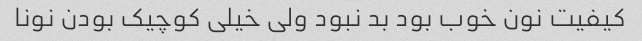
کیفیت نون خوب بود بد نبود ولی خیلی کوچیک بودن نونا